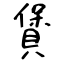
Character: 賲